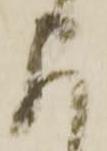
に